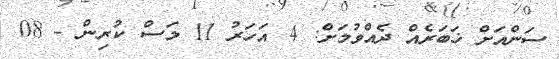
ސަންއަށް ޚަބަރެއް ދެއްވުމަށް: 4 އަހަރު 11 މަސް ކުރިން - 08